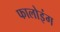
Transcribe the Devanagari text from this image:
फालोइंग